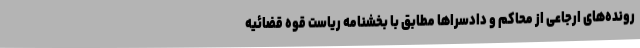
رونده‌های ارجاعی از محاکم و دادسراها مطابق با بخشنامه ریاست قوه قضائیه